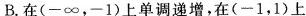
B.在(-∞，-1)上单调递增，在(-1，1)上